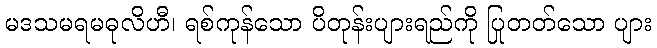
မဒသမရမဓုလိဟီ၊ ရစ်ကုန်သော ပိတုန်းပျားရည်ကို ပြုတတ်သော ပျား